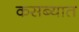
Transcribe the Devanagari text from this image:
कसब्यात